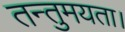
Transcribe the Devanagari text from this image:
तन्तुमयता।